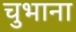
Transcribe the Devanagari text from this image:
चुभाना